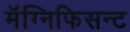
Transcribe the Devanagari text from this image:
मॅग्निफिसन्ट